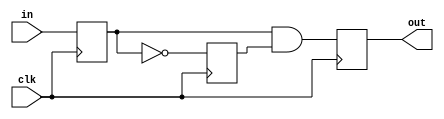
`timescale 1ns / 1ps
//////////////////////////////////////////////////////////////////////////////////
// Company: 
// Engineer: 
// 
// Design Name: 
// Module Name: debouncer
// Project Name: 
// Target Devices: 
// Tool Versions: 
// Description: 
// 
// Dependencies: 
// 
// Revision:
// Revision 0.01 - File Created
// Additional Comments:
// 
//////////////////////////////////////////////////////////////////////////////////


module debouncer( clk, in, out);

input       clk     ;
input       in  ;
output reg  out  ;

reg tmp0, tmp1;

reg [7:0] counter = 0;
reg start_count = 0;

always@(posedge clk) begin
    if (start_count)
        counter = counter + 1;
end

always@(posedge clk) begin
    tmp0 <= in;
    tmp1 <= ~tmp0;
    out <= tmp0 & tmp1;
//    if (in==1 && ~start_count) begin
//        out <= 1;
//        start_count <= 1;
//    end
//    else if (out==1) begin
//        out <= 0;
//        start_count <= start_count;
//    end
//    else if (counter==8'd4) begin
//        out <= 0;
//        start_count <= 0;
//    end
end

endmodule